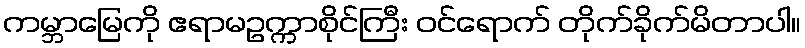
ကမ္ဘာမြေကို ဧရာမဥက္ကာစိုင်ကြီး ဝင်ရောက် တိုက်ခိုက်မိတာပါ။